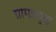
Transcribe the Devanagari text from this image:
ग्रामप्रमुख